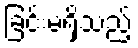
ခြင်းမရှိသည့်